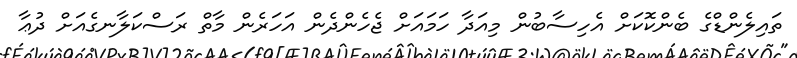
ތައިލެންޑްގެ ބެންކޮކަށް އެހިސާބުން މިއަދާ ހަމައަށް ޖެހެންދެން އަހަރެން މާތް ރަސްކަލާނގެއަށް ދުޢާ